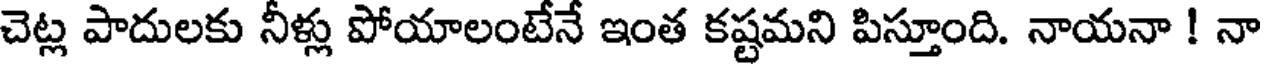
చెట్ల పాదులకు నీళ్లు పోయాలంటేనే ఇంత కష్టమని పిస్తూంది. నాయనా ! నా